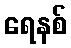
ရေနစ်